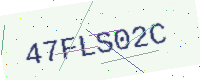
Text: 47FLS02C